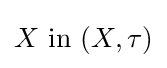
X{\text{ in }}(X,\tau )